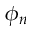
\phi _ { n }